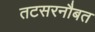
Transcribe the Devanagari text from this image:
तटसरनौबत